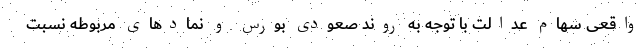
واقعی سهام عدالت با توجه به روند صعودی بورس و نمادهای مربوطه نسبت